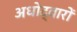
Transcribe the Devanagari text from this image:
अधोद्वारों